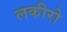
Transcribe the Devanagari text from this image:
लकीरो